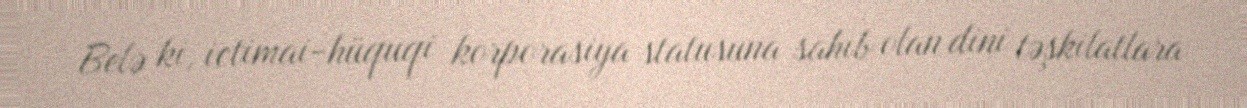
Belə ki, ictimai-hüquqi korporasiya statusuna sahib olan dini təşkilatlara